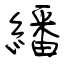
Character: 繙